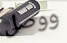
ووصل